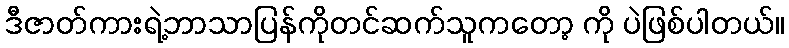
ဒီဇာတ်ကားရဲ့ဘာသာပြန်ကိုတင်ဆက်သူကတော့ ကို ပဲဖြစ်ပါတယ်။